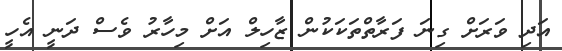
އަދި ވަރަށް ގިނަ ފަރާތްތަކަކުން ޒާހިލް އަށް މިހާރު ވެސް ދަނީ އެހީ